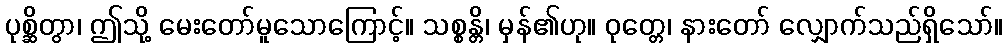
ပုစ္ဆိတွာ၊ ဤသို့ မေးတော်မူသောကြောင့်။ သစ္စန္တိ၊ မှန်၏ဟု။ ဝုတ္တေ၊ နားတော် လျှောက်သည်ရှိသော်။